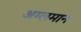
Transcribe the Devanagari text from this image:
अम्लमान